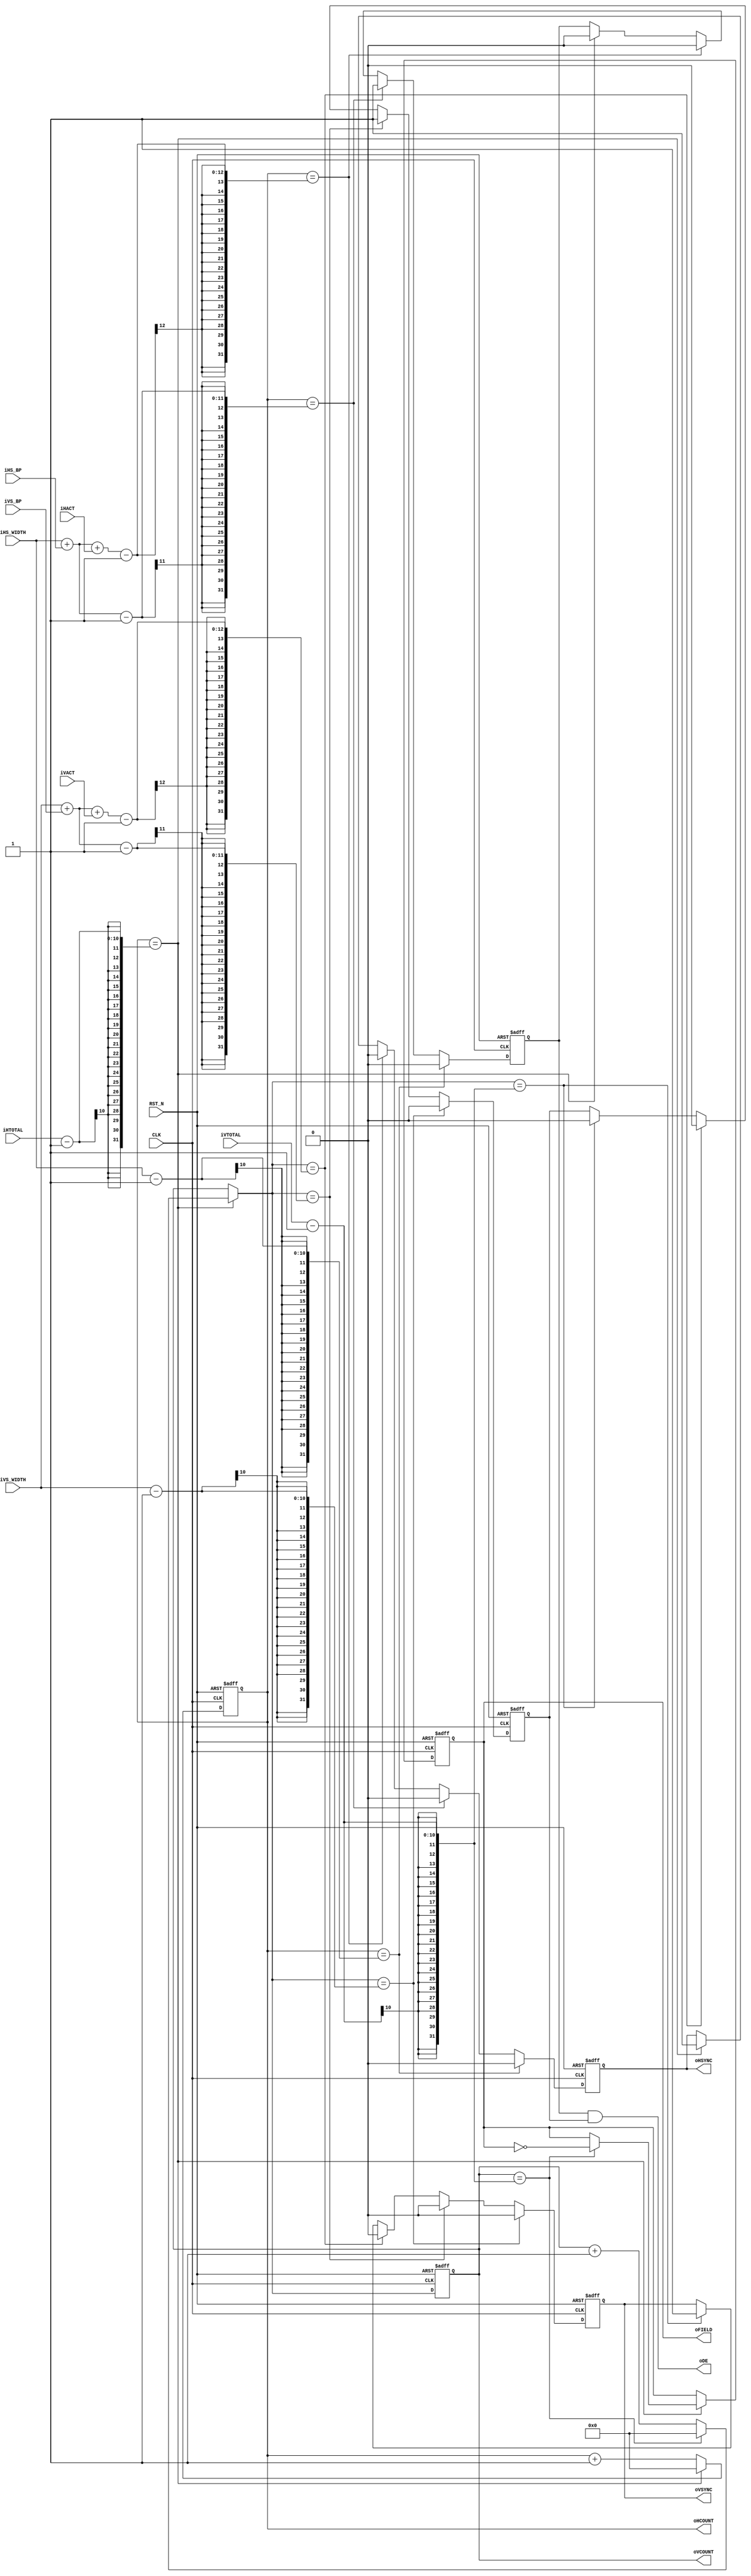
// -----------------------------------------------------------------------------
//  Title         : Timing Controller
//  Project       : EyeTracker
// -----------------------------------------------------------------------------
//  Last modified : 
// -----------------------------------------------------------------------------
//  Description   : Video Timing Controller
// -----------------------------------------------------------------------------
//  Copyright (C) 2017 K.Ishiwatari All Rights Reserved.
// -----------------------------------------------------------------------------

`timescale  1ns/1ps

module TMG_CTRL #(
    parameter   PARAM_WIDTH = 10
) (
    // 
    input   wire                            CLK,
    input   wire                            RST_N,
    //
    input   wire    [PARAM_WIDTH -1: 0]     iHTOTAL,
    input   wire    [PARAM_WIDTH -1: 0]     iHACT,
    input   wire    [PARAM_WIDTH -1: 0]     iHS_WIDTH,
    input   wire    [PARAM_WIDTH -1: 0]     iHS_BP,
    //
    input   wire    [PARAM_WIDTH -1: 0]     iVTOTAL,
    input   wire    [PARAM_WIDTH -1: 0]     iVACT,
    input   wire    [PARAM_WIDTH -1: 0]     iVS_WIDTH,
    input   wire    [PARAM_WIDTH -1: 0]     iVS_BP,
    //
    output  wire                            oHSYNC,
    output  wire                            oVSYNC,
    output  wire                            oDE,
    output  wire                            oFIELD,
    //
    output  wire    [PARAM_WIDTH -1: 0]     oHCOUNT,
    output  wire    [PARAM_WIDTH -1: 0]     oVCOUNT
);

    reg                                     next_hsync, hsync;
    reg                                     next_vsync, vsync;
    reg                                     next_hde, hde;
    reg                                     next_vde, vde;
    reg                                     next_field, field;

    reg     [PARAM_WIDTH -1: 0]             next_hcount, hcount;
    reg     [PARAM_WIDTH -1: 0]             next_vcount, vcount;

    // 
    assign  oHSYNC = hsync;
    assign  oVSYNC = vsync;
    assign  oDE    = hde & vde;
    assign  oFIELD = field;

    assign  oHCOUNT = hcount;
    assign  oVCOUNT = vcount;
    // 
    always @(posedge CLK or negedge RST_N) begin
        if (!RST_N == 1'b1) begin
            hcount <= 'h0;
            vcount <= 'h0;
            // 
            hsync  <= 1'b1;
            hde    <= 1'b0;
            // 
            vsync  <= 1'b1;
            vde    <= 1'b0;
            // 
            field  <= 1'b0;
        end else begin
            hcount <= next_hcount;
            vcount <= next_vcount;
            // 
            hsync  <= next_hsync;
            hde    <= next_hde;
            // 
            vsync  <= next_vsync;
            vde    <= next_vde;
            // 
            field  <= next_field;
        end
    end

    // Count up hcount & vcount
    always @(*) begin
        if (hcount == iHTOTAL - 'h1) begin
            if (vcount == iVTOTAL - 'h1) begin
                next_hcount <= 'h0;
                next_vcount <= 'h0;
                //
                next_field  <= ~field;
            end else begin
                next_hcount <= 'h0;
                next_vcount <= vcount + 'h1;
                //
                next_field  <= field;
            end
        end else begin
            next_hcount <= hcount + 'h1;
            next_vcount <= vcount;
            //
            next_field  <= field;
        end
    end

    // Generate hsync & hde
    always @(*) begin
        if (hcount == (iHS_WIDTH - 'h1)) begin
            next_hsync <= 1'b0;
            next_hde   <= 1'b0;
        end else if (hcount == (iHS_WIDTH + iHS_BP - 'h1)) begin
            next_hsync <= 1'b0;
            next_hde   <= 1'b1;
        end else if (hcount == (iHS_WIDTH + iHS_BP + iHACT - 'h1)) begin
            next_hsync <= 1'b0;
            next_hde   <= 1'b0;
        end else if (hcount == (iHTOTAL - 'h1)) begin
            next_hsync <= 1'b1;
            next_hde   <= 1'b0;
        end else begin
            next_hsync <= hsync;
            next_hde   <= hde;
        end
    end

    // Generate vsync & vde
    always @(*) begin
        if (next_vcount == (iVS_WIDTH - 'h1)) begin
            next_vsync <= 1'b0;
            next_vde   <= 1'b0;
        end else if (next_vcount == (iVS_WIDTH + iVS_BP - 'h1)) begin
            next_vsync <= 1'b0;
            next_vde   <= 1'b1;
        end else if (next_vcount == (iVS_WIDTH + iVS_BP + iVACT - 'h1)) begin
            next_vsync <= 1'b0;
            next_vde   <= 1'b0;
        end else if (next_vcount == (iVTOTAL - 'h1)) begin
            next_vsync <= 1'b1;
            next_vde   <= 1'b0;
        end else begin
            next_vsync <= vsync;
            next_vde   <= vde;
        end
    end

endmodule